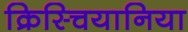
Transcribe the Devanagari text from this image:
क्रिस्चियानिया